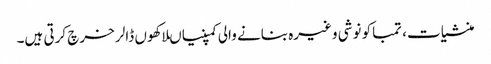
منشیات، تمباکو نوشی وغیرہ بنانے والی کمپنیاںلاکھوں ڈالر خرچ کرتی ہیں۔